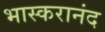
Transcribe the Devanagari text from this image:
भास्‍करानंद